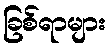
ခြစ်ရာများ